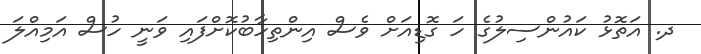
ދ. އަތޮޅު ކައުންސިލުގެ ހަ ގޮޑިއަށް ވެސް އިންތިހާބުކޮށްފައި ވަނީ ހުސް އަމިއްލަ